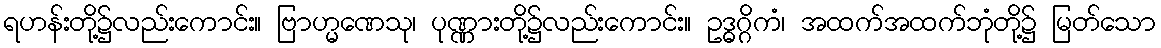
ရဟန်းတို့၌လည်းကောင်း။ ဗြာဟ္မဏေသု၊ ပုဏ္ဏားတို့၌လည်းကောင်း။ ဥဒ္ဓဂ္ဂိကံ၊ အထက်အထက်ဘုံတို့၌ မြတ်သော